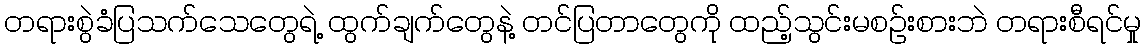
တရားစွဲခံပြသက်သေတွေရဲ့ ထွက်ချက်တွေနဲ့ တင်ပြတာတွေကို ထည့်သွင်းမစဉ်းစားဘဲ တရားစီရင်မှု